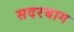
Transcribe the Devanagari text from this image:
सदरबाग